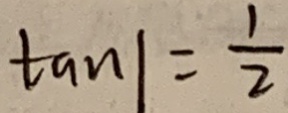
\tan 1 = \frac { 1 } { 2 }